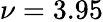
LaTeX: \nu=3.95